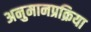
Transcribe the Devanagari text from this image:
अनुमानप्रक्रिया